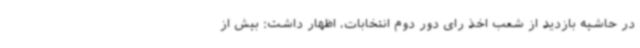
در حاشیه بازدید از شعب اخذ رای دور دوم انتخابات، اظهار داشت: بیش از